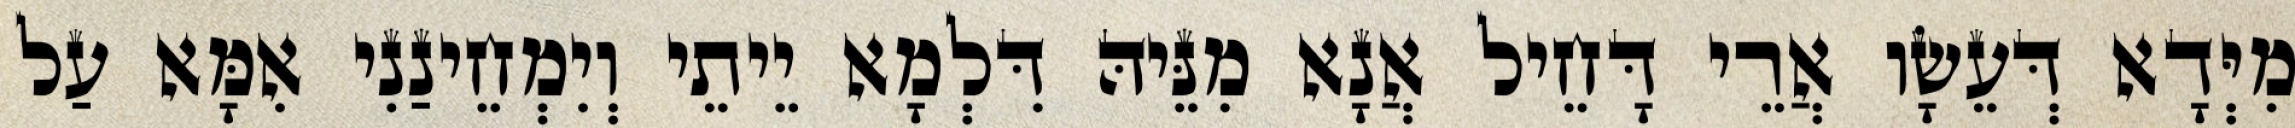
מִיְּדָא דְּעֵשָׂו אֲרֵי דָּחֵיל אֲנָא מִנֵּיהּ דִּלְמָא יֵיתֵי וְיִמְחֵינַנִי אִמָּא עַל